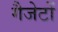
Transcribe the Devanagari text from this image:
गैजेटों